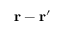
\mathbf { r } - \mathbf { r } ^ { \prime }